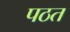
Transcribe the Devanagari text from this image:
पठत